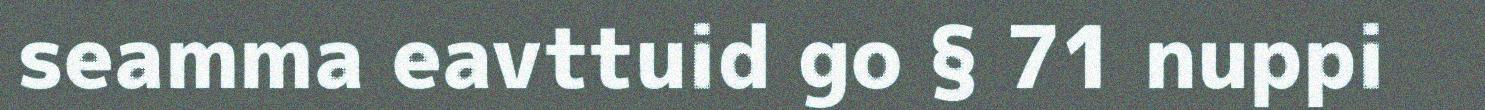
seamma eavttuid go § 71 nuppi